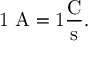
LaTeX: \mathrm { { 1 \ A = 1 { \frac { C } { s } } . } }